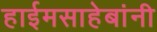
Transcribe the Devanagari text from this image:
हाईमसाहेबांनी